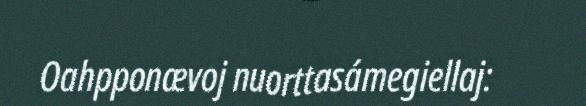
Oahpponævoj nuorttasámegiellaj: